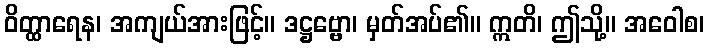
ဝိတ္ထာရေန၊ အကျယ်အားဖြင့်။ ဒဋ္ဌဗ္ဗော၊ မှတ်အပ်၏။ ဣတိ၊ ဤသို့။ အဝေါစ၊